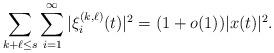
LaTeX: \begin{align*}\sum_{k+\ell\leq s}\sum_{i=1}^\infty |\xi^{(k,\ell)}_i(t)|^2=(1+o(1))|x(t)|^2. \end{align*}